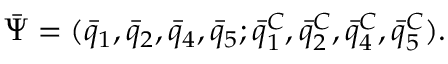
{ \bar { \Psi } } = ( { \bar { q } } _ { 1 } , { \bar { q } } _ { 2 } , { \bar { q } } _ { 4 } , { \bar { q } } _ { 5 } ; { \bar { q } } _ { 1 } ^ { C } , { \bar { q } } _ { 2 } ^ { C } , { \bar { q } } _ { 4 } ^ { C } , { \bar { q } } _ { 5 } ^ { C } ) .